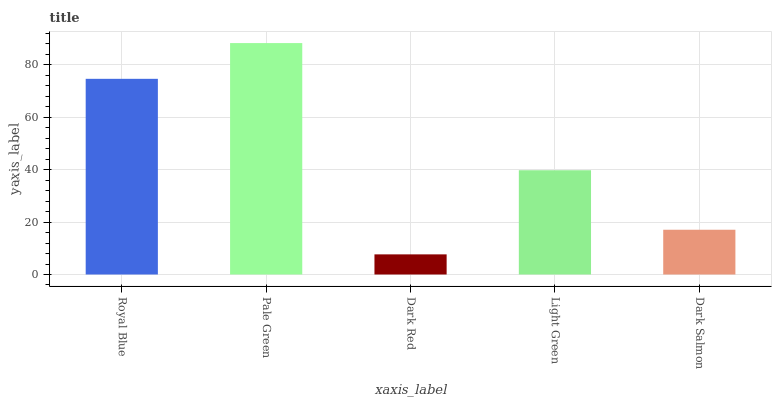
| xaxis_label | bars |
 | --- | --- |
 | Royal Blue | 74.6 |
 | Pale Green | 88.2 |
 | Dark Red | 7.68 |
 | Light Green | 39.7 |
 | Dark Salmon | 17.1 |